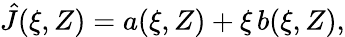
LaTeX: \hat{J}(\xi,Z)=a(\xi,Z)+\xi\, b(\xi,Z),